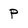
Character: p